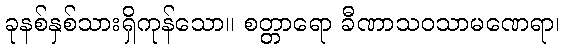
ခုနစ်နှစ်သားရှိကုန်သော။ စတ္တာရော ခီဏာသဝသာမဏေရာ၊